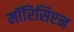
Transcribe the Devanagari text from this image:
मॉरिसिएन